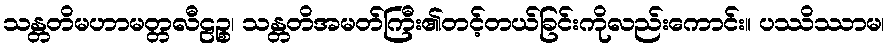
သန္တတိမဟာမတ္တလီဠဉ္စ၊ သန္တတိအမတ်ကြီး၏တင့်တယ်ခြင်းကိုလည်းကောင်း။ ပဿိဿာမ၊